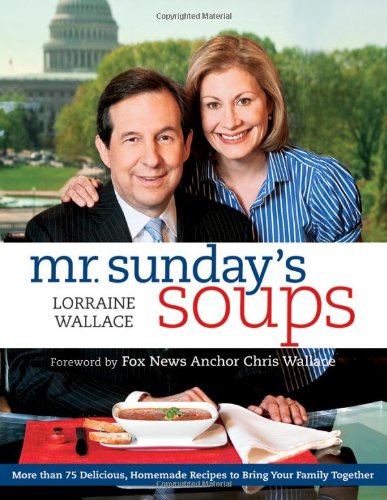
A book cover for Mr. Sunday's Soups; Lorraine Wallace; Cookbooks, Food & Wine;